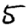
Digit: 5